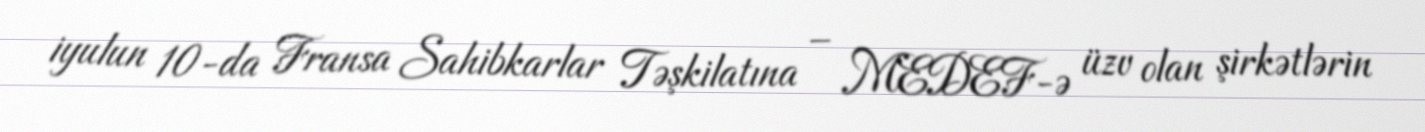
iyulun 10-da Fransa Sahibkarlar Təşkilatına – MEDEF-ə üzv olan şirkətlərin